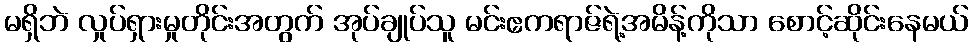
မရှိဘဲ လှုပ်ရှားမှုတိုင်းအတွက် အုပ်ချုပ်သူ မင်းဧကရာဇ်ရဲ့အမိန့်ကိုသာ စောင့်ဆိုင်းနေမယ်